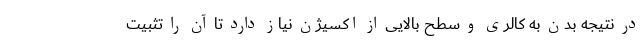
در نتیجه بدن به کالری و سطح بالایی از اکسیژن نیاز دارد تا آن را تثبیت